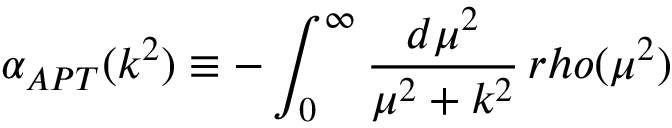
\alpha _ { A P T } ( k ^ { 2 } ) \equiv - \int _ { 0 } ^ { \infty } { \frac { d \mu ^ { 2 } } { \mu ^ { 2 } + k ^ { 2 } } } \, r h o ( \mu ^ { 2 } )